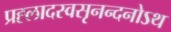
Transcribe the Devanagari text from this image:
प्रह्लादस्वसृनन्दनोऽथ